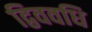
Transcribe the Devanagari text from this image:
द्विववधि